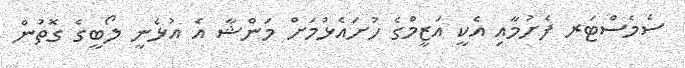
ސެމެސްޓަރ ފެށުމާއި އެކީ އަޒީމްގެ ހުށައެޅުމަށް މަންޝާ އެ އުޅެނީ ލޯބީގެ ގޮތުން